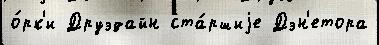
о́рк'и Друэдайн ста́ршиjе Дэн'етора